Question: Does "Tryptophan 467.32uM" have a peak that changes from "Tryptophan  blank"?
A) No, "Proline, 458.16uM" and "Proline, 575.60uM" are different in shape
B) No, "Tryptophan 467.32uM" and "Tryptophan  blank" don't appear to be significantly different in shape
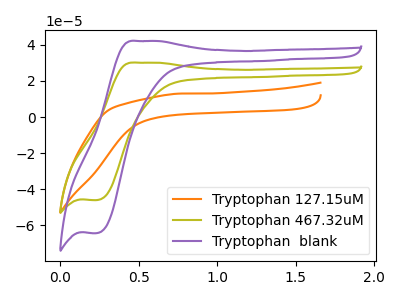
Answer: <think>The orange curve "Tryptophan 127.15uM" has no peaks. The olive curve "Tryptophan 467.32uM" has an anodic peak at (0.50V, 30.15uA) and a cathodic peak at (0.25V, -46.00uA). The purple curve "Tryptophan  blank" has an anodic peak at (0.50V, 42.15uA) and a cathodic peak at (0.25V, -64.30uA).
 All the peaks in "Tryptophan 467.32uM" have a peak in "Tryptophan  blank" at the same potential. Every peak in "Tryptophan 467.32uM" is lower than every peak in "Tryptophan  blank".</think>
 <answer>B) No, "Tryptophan 467.32uM" and "Tryptophan  blank" don't appear to be significantly different in shape</answer>
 <eval>B</eval>